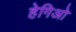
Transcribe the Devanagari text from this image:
हेगिओ